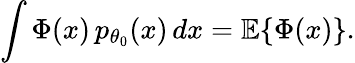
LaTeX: \int\Phi(x)\, p_{\theta_{0}}(x)\, dx={\mathbb E}\{ \Phi(x)\} .